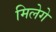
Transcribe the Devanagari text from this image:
मिलेगे